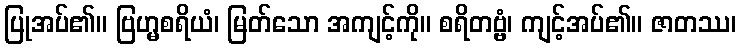
ပြုအပ်၏။ ဗြဟ္မစရိယံ၊ မြတ်သော အကျင့်ကို။ စရိတဗ္ဗံ၊ ကျင့်အပ်၏။ ဇာတဿ၊